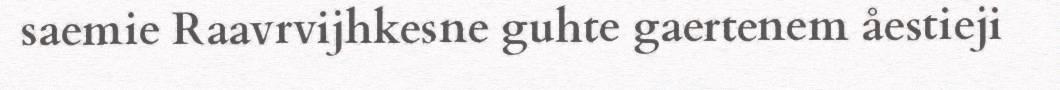
saemie Raavrvijhkesne guhte gaertenem åestieji